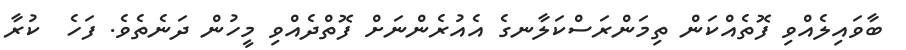
ބާވައިލެއްވި ފޮތެއްކަން ތިމަންރަސްކަލާނގެ އެއުރެންނަށް ފޮތްދެއްވި މީހުން ދަނެތެވެ. ފަހެ  ކުރާ